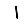
Digit: 1